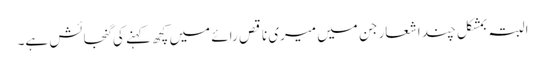
البتہ بمشکل چند اشعار جن میں میری ناقص رائے میں کچھ کہنے کی گنجائش ہے۔